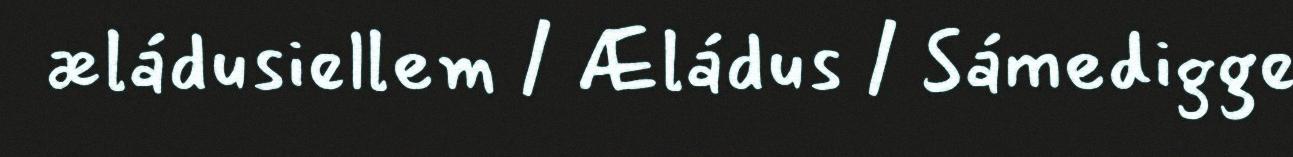
æládusiellem / Æládus / Sámedigge